Indian journal of veterinary science and animal husbandry - Volumes 15-17, 1948-1951
Year: 1948
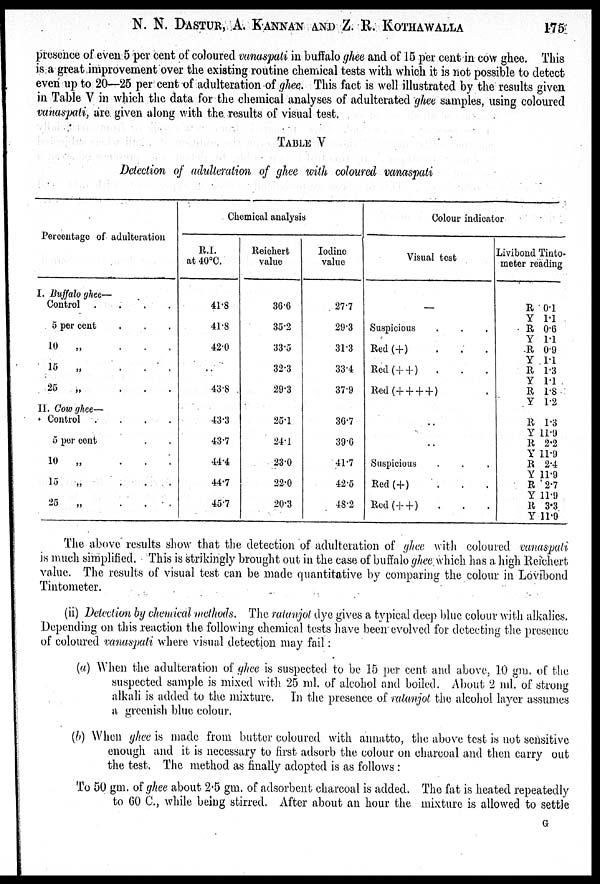
N. N. DASTUR, A. K-ANNAN AND Z. R. KOTHAWALLA 175
presence of even 5 per cent of coloured vanaspati in buffalo ghee and of 15 per cent in cow ghee. This
is a great improvement over the existing routine chemical tests with which it is not possible to detect
even up to 20—25 per cent of adulteration of ghee. This fact is well illustrated by the results given
in Table V in which the data for the chemical analyses of adulterated ghee samples, using coloured
vanaspati, are given along with the results of visual test.
TABLE V
Detection of adulteration of ghee with coloured vanaspati
Percentage of adulteration
I. Buffalo ghee—
Control .
.
.
.
5 per cent . . .
10
„
.
.
.
15
„
.
.
.
25
„
.
.
.
II. Cow ghee—
Control .
.
.
.
5 per cent
10
„
.
.
.
15
„
.
. . .
25
„
.
.
.
Chemical analysis
R.I.
at 40ºC.
41.8
41.8
42.0
43.8
43.3
43.7
44.4
44.7
45.7
Reichert
value
36.6
35.2
33.5
32.3
29.3
25.1
24.1
23.0
22.0
20.3
Iodine
value
27.7
29.3
31.3
33.4
37.9
36.7
39.6
41.7
42.5
48.2
Colour indicator
Visual test
—
Suspicious
Red (+)
Red (+ + ) .
Red (+ + + +)
..
..
Suspicious
Red (+)
Red (+ + )
.
Livibond Tinto*
meter reading
R 0.1
Y 1.1
R 0.6
Y 1.1
R 0.9
Y 1.1
R 1.3
Y 1.1
R 1.8
Y 1.2
R 1.3
Y 11.9
R 2.2
Y 11.9
R 2.4
Y 11.9
R 2.7
Y 11.9
R 3.3
Y 11.9
The above results show that the detection of adulteration of ghee with coloured vanaspati
is much simplified. This is strikingly brought out in the case of buffalo ghee which, has a high Reichert
value. The results of visual test can be made quantitative by comparing the colour in Lovibond
Tintometer.
(ii) Detection by chemical methods. The ratanjol dye gives a typical deep blue colour with alkalies.
Depending on this reaction the following chemical tests have been evolved for detecting the presence
of coloured vanaspati where visual detection may fail:
(a) When the adulteration of ghee is suspected to be 15 per cent and above, 10 gm. of the
suspected sample is mixed with 25 ml. of alcohol and boiled. About 2 ml. of strong
alkali is added to the mixture. In the presence of ratanjot the alcohol layer assumes
a greenish blue colour.
(b) When ghee is made from butter coloured with annatto, the above test is not sensitive
enough and it is necessary to first adsorb the colour on charcoal and then carry out
the test. The method as finally adopted is as follows:
To 50 gm. of ghee about 2.5 gm. of adsorbent charcoal is added. The fat is heated repeatedly
to 60 C., while being stirred. After about an hour the mixture is allowed to settle
G